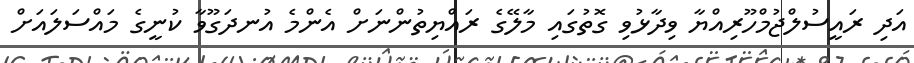
އަދި ރައީސުލްޖުމްހޫރިއްޔާ ވިދާޅުވި ގޮތުގައި މާލޭގެ ރައްޔިތުންނަށް އެންމެ އުނދަގޫވާ ކުނީގެ މައްސަލައަށް